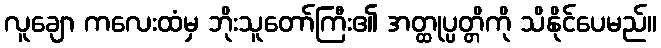
လူချော ကလေးထံမှ ဘိုးသူတော်ကြီး၏ အတ္ထုပ္ပတ္တိကို သိနိုင်ပေမည်။